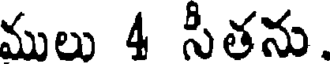
ములు 4 సీతను.